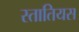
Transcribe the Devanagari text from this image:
स्तातियस